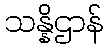
သန္နိဌာန်